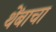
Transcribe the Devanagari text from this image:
थेंबाचा